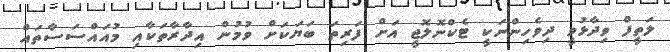
ލަތީފް ވިދާޅުވީ ދިވެހިންނަކީ ޓެކްނޮލޮޖީ އަށް ފަރިތަ ބަޔަކަށް ވުމުން އިދާރާތަކާއި މުއައްސަސާތައް